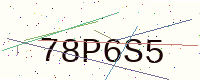
Text: 78P6S5